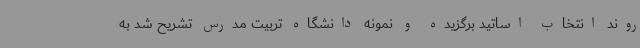
روند انتخاب اساتید برگزیده و نمونه دانشگاه تربیت مدرس تشریح شد به